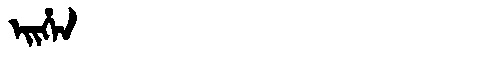
Manchu: ᡝᡳᡥᡝᠨ
Romanization: EIHEN